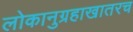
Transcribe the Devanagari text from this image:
लोकानुग्रहाखातरच